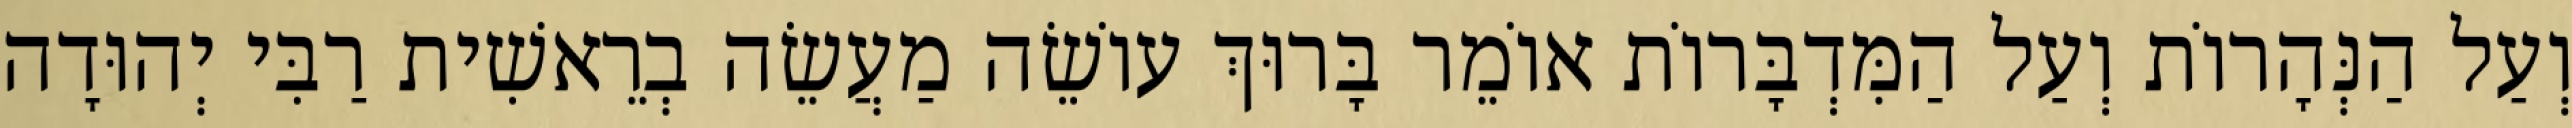
וְעַל הַנְּהָרוֹת וְעַל הַמִּדְבָּרוֹת אוֹמֵר בָּרוּךְ עוֹשֵׂה מַעֲשֵׂה בְרֵאשִׁית רַבִּי יְהוּדָה